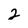
Character: 2